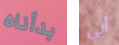
بدأناه أبي